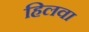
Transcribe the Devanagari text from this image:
हिलवा